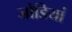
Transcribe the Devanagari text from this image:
जोडियां